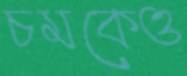
চমকেও